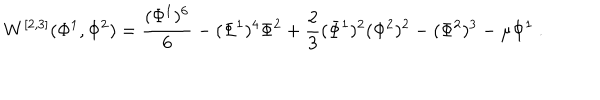
W ^ { [ 2 , 3 ] } ( \Phi ^ { 1 } , \Phi ^ { 2 } ) = { \frac { ( \Phi ^ { 1 } ) ^ { 6 } } { 6 } } - ( \Phi ^ { 1 } ) ^ { 4 } \Phi ^ { 2 } + { \frac { 2 } { 3 } } ( \Phi ^ { 1 } ) ^ { 2 } ( \Phi ^ { 2 } ) ^ { 2 } - ( \Phi ^ { 2 } ) ^ { 3 } - \mu \Phi ^ { 1 } ~ .